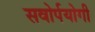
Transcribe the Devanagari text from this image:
सवोर्पयोगी